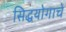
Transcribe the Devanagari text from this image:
सिद्धयोगाचे